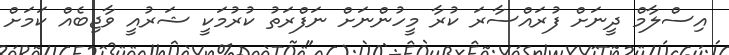
އިސްލާމް ދީނަށް ފުރައްސާރަ ކުރާ މީހުންނަށް ނަފްރަތު ކުރުމަކީ ޝަރުއީ ވާޖިބެއް ކަމަށް